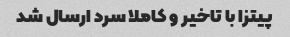
پیتزا با تاخیر و کاملا سرد ارسال شد